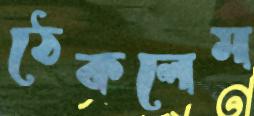
ঠেকলেম